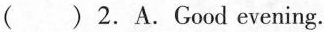
( )2.A.Good evening.